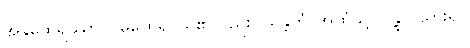
အနူထေရဿာပိ၊ မထေရ်ငယ်၏လည်း။ သန္တိကံ၊ အထံသို့။ ဂန္တွာ၊ သွား၍။